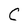
Character: C